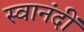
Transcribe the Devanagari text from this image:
स्वानंदीं